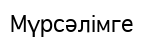
Мүрсәлімге